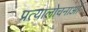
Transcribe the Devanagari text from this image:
प्रत्यालोचनाओं